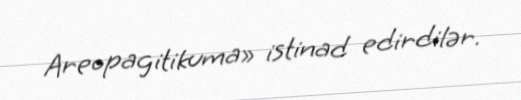
Areopagitikuma» istinad edirdilər.